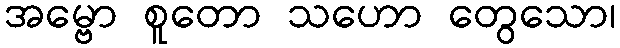
အမ္ဗော စူတော သဟော တွေသော၊